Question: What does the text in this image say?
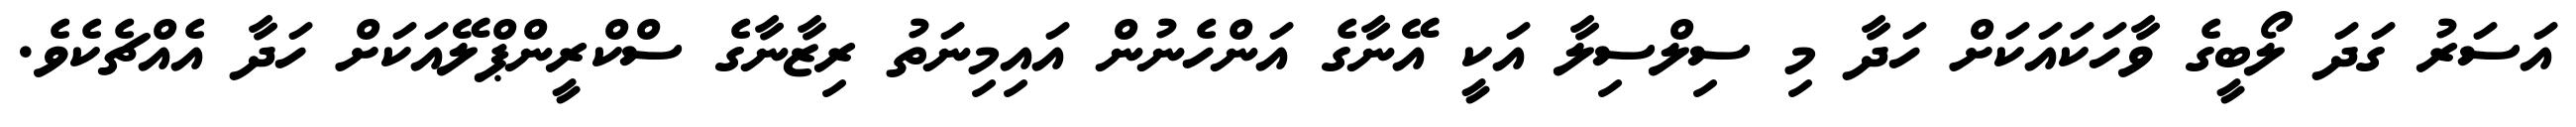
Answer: އަސަރު ގަދަ ލޯބީގެ ވާހަކައަކަށް ހަދާ މި ސިލްސިލާ އަކީ އޭނާގެ އަންހެނުން އައިމިނަތު ރިޒާނާގެ ސްކްރީންޕްލޭއަކަށް ހަދާ އެއްޗެކެވެ.